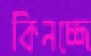
কিনচ্ছে